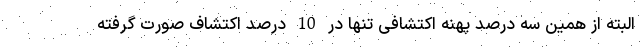
البته از همین سه درصد پهنه اکتشافی تنها در 10 درصد اکتشاف صورت گرفته